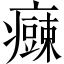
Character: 𱱫